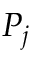
P _ { j }